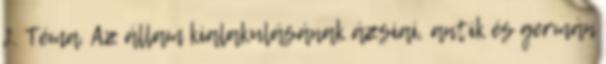
2. Téma. Az állam kialakulásának ázsiai, antik és germán